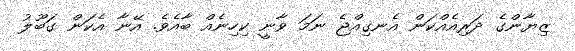
ޒިޔާންގެ ދަރިއެއްކަން އެނގިއްޖެ ނަމަ ވާނީ ކިހިނެއް ބާއެވެ. އޭނާ އެކަން ގަބޫލު